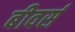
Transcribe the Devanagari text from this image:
बीवर्स